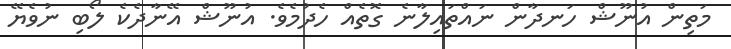
މަތިން އުނޫޝް ހަނދާން ނައްތައިލާނެ ގޮތެއް ހެދުމެވެ. އުނޫޝް އޭނާދެކެ ލޯބި ނުވެޔޭ